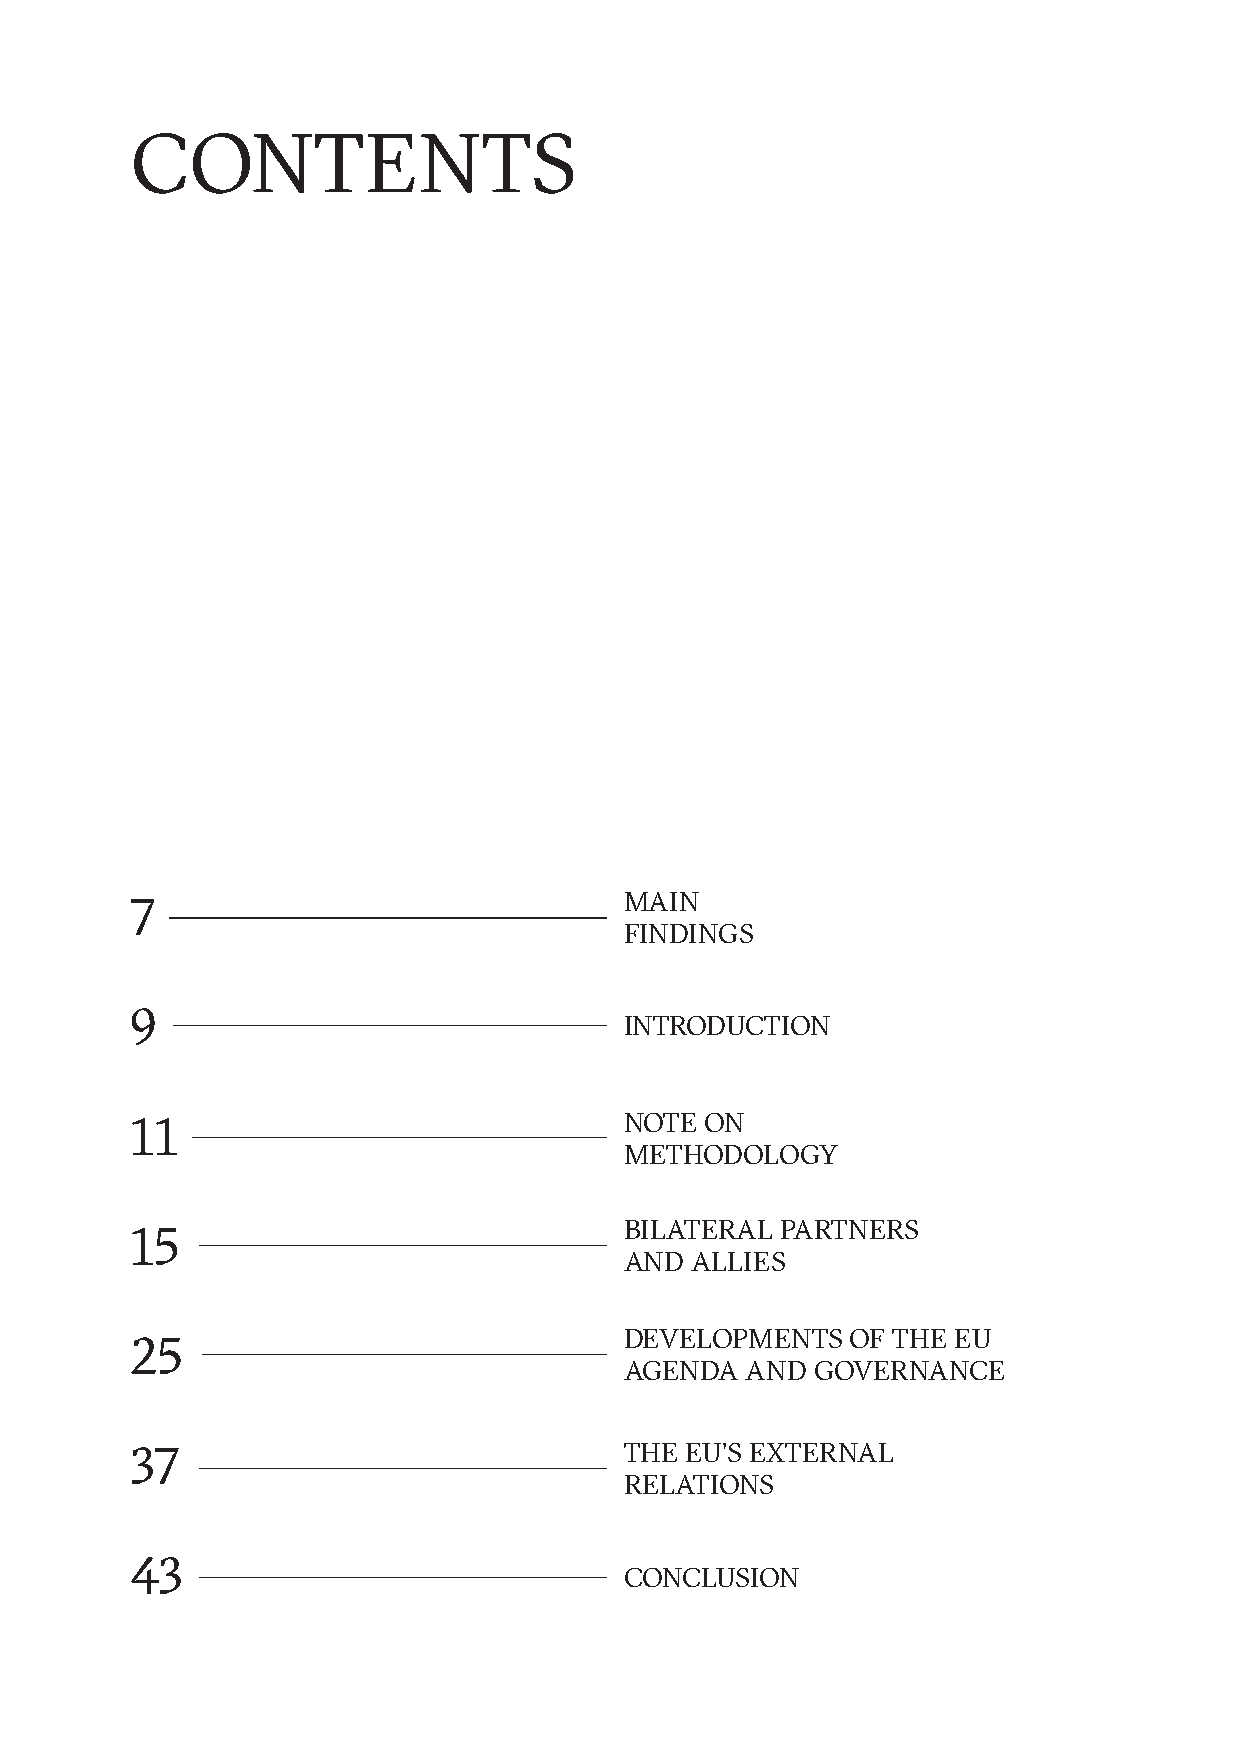
CONTENTS
 MAIN
 7
 FINDINGS
 9
 INTRODUCTION
 11                              NOTE  ON
 METHODOLOGY
 BILATERAL  PARTNERS
 15
 AND  ALLIES
 DEVELOPMENTS   OF THE EU
 25
 AGENDA  AND  GOVERNANCE
 37                              THE EU’S EXTERNAL
 RELATIONS
 43
 CONCLUSION